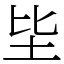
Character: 坒